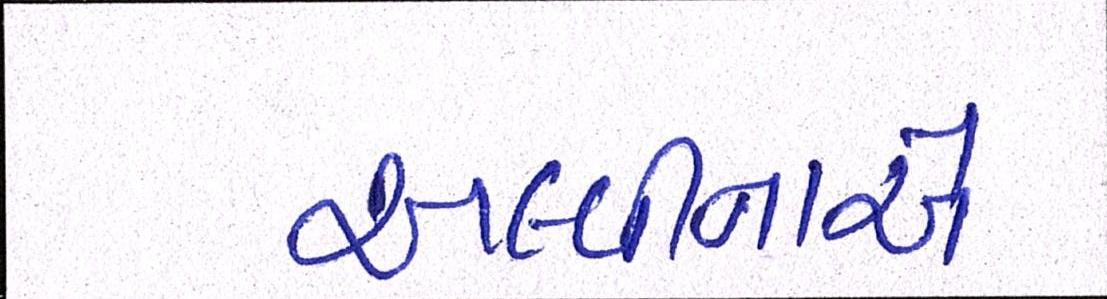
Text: અલ્વીનાએ